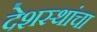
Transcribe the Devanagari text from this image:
देशस्थांचा